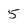
Character: 5